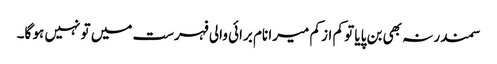
سمندر نہ بھی بن پایا تو کم از کم میرا نام برائی والی فہرست میں تو نہیں ہو گا۔